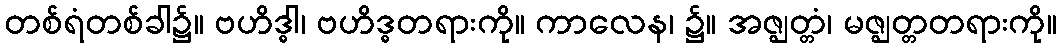
တစ်ရံတစ်ခါ၌။ ဗဟိဒ္ဓါ၊ ဗဟိဒ္ဓတရားကို။ ကာလေန၊ ၌။ အဇ္ဈတ္တံ၊ မဇ္ဈတ္တတရားကို။